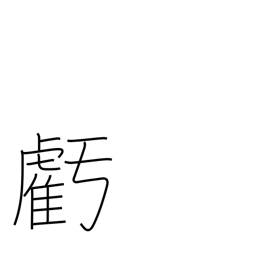
Meaning: wane (moon)